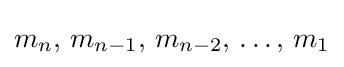
m_{n},\,m_{n-1},\,m_{n-2},\,\ldots ,\,m_{1}